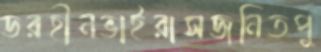
ডরহীনভাইরাসজনিতপু